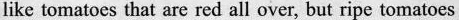
like tomatoes that are red all over, but ripe tomatoes